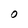
Character: O